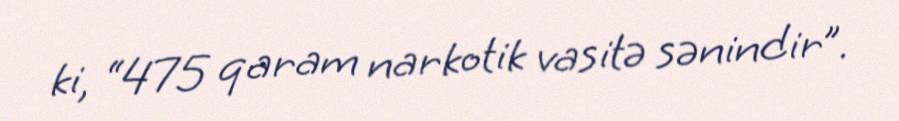
ki, “475 qaram narkotik vasitə sənindir”.